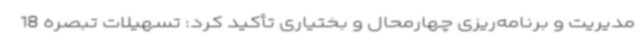
مدیریت و برنامه‌ریزی چهارمحال و بختیاری تأکید کرد: تسهیلات تبصره 18